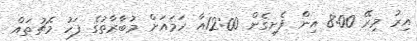
އިރު މިރޭ 8:00 އިން ފެށިގެން 12:00އާ ހަމައަށް މުބާރާތުގެ ފަހު މެޗުތައް